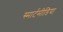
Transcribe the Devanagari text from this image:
स्मार्टमीडिया